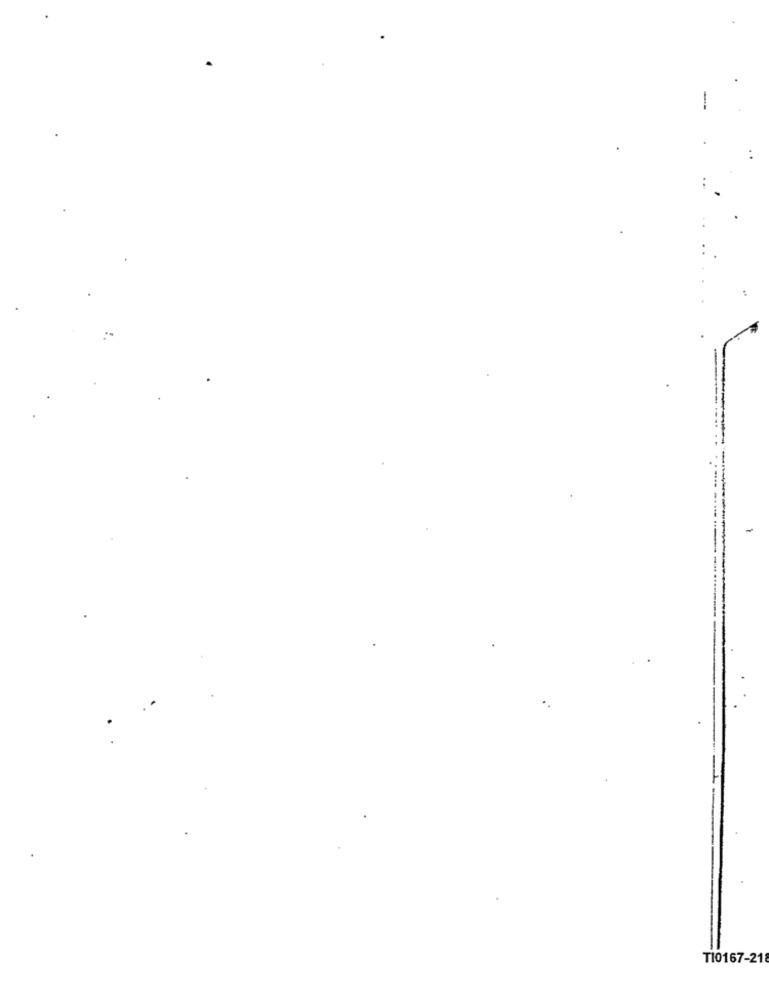
TI0167-218